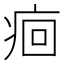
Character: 痐